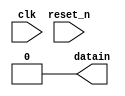
module all_zero(
	clk,
	reset_n,
	
	datain
);

	input		clk;
   input 	reset_n;
	
	output 	datain;
assign datain = 1'b0;
endmodule